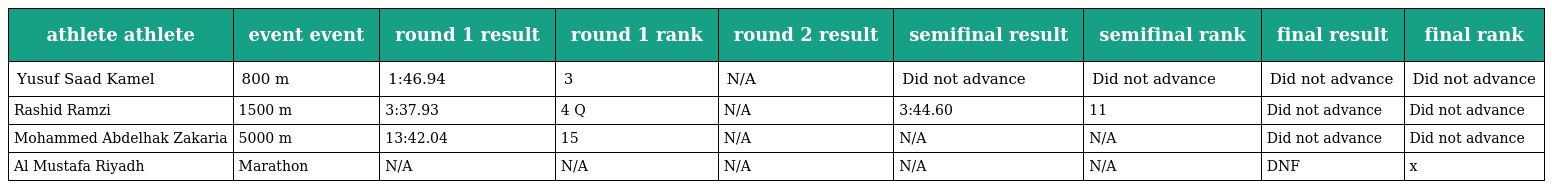
| athlete athlete | event event | round 1 result | round 1 rank | round 2 result | semifinal result | semifinal rank | final result | final rank |
 | --- | --- | --- | --- | --- | --- | --- | --- | --- |
 | Yusuf Saad Kamel | 800 m | 1:46.94 | 3 | N/A | Did not advance | Did not advance | Did not advance | Did not advance |
 | Rashid Ramzi | 1500 m | 3:37.93 | 4 Q | N/A | 3:44.60 | 11 | Did not advance | Did not advance |
 | Mohammed Abdelhak Zakaria | 5000 m | 13:42.04 | 15 | N/A | N/A | N/A | Did not advance | Did not advance |
 | Al Mustafa Riyadh | Marathon | N/A | N/A | N/A | N/A | N/A | DNF | x |